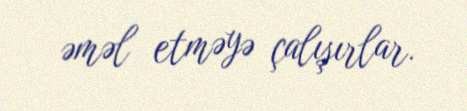
əməl etməyə çalışırlar.